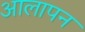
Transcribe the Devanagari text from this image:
आलापन